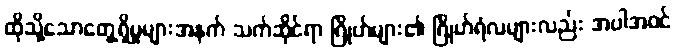
ထိုသို့သောတွေ့ရှိမှုများအနက် သက်ဆိုင်ရာ ဂြိုဟ်များ၏ ဂြိုဟ်ရံလများလည်း အပါအဝင်